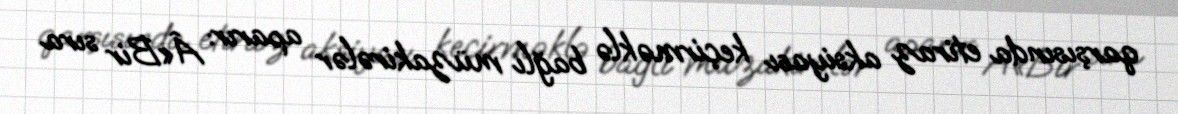
qarşısında etiraz aksiyası keçirməklə bağlı müzakirələr aparır: Â«Bir sıra